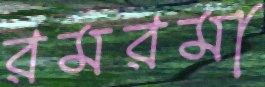
রমরমা